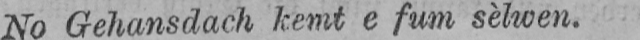
No Gehansdach kernt e fum sèlwen.